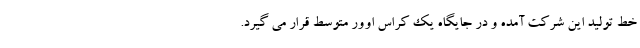
خط تولید این شرکت آمده و در جایگاه یک کراس اوور متوسط قرار می گیرد.